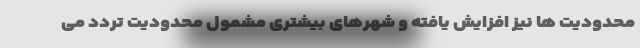
محدودیت ها نیز افزایش یافته و شهرهای بیشتری مشمول محدودیت تردد می